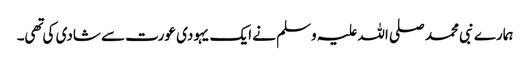
ہمارے نبی محمد صلی اللہ علیہ وسلم نے ایک یہودی عورت سے شادی کی تهی۔